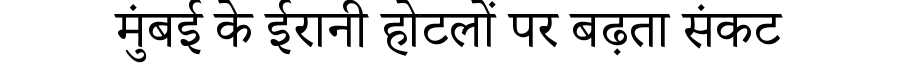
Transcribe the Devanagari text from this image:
मुंबई के ईरानी होटलों पर बढ़ता संकट